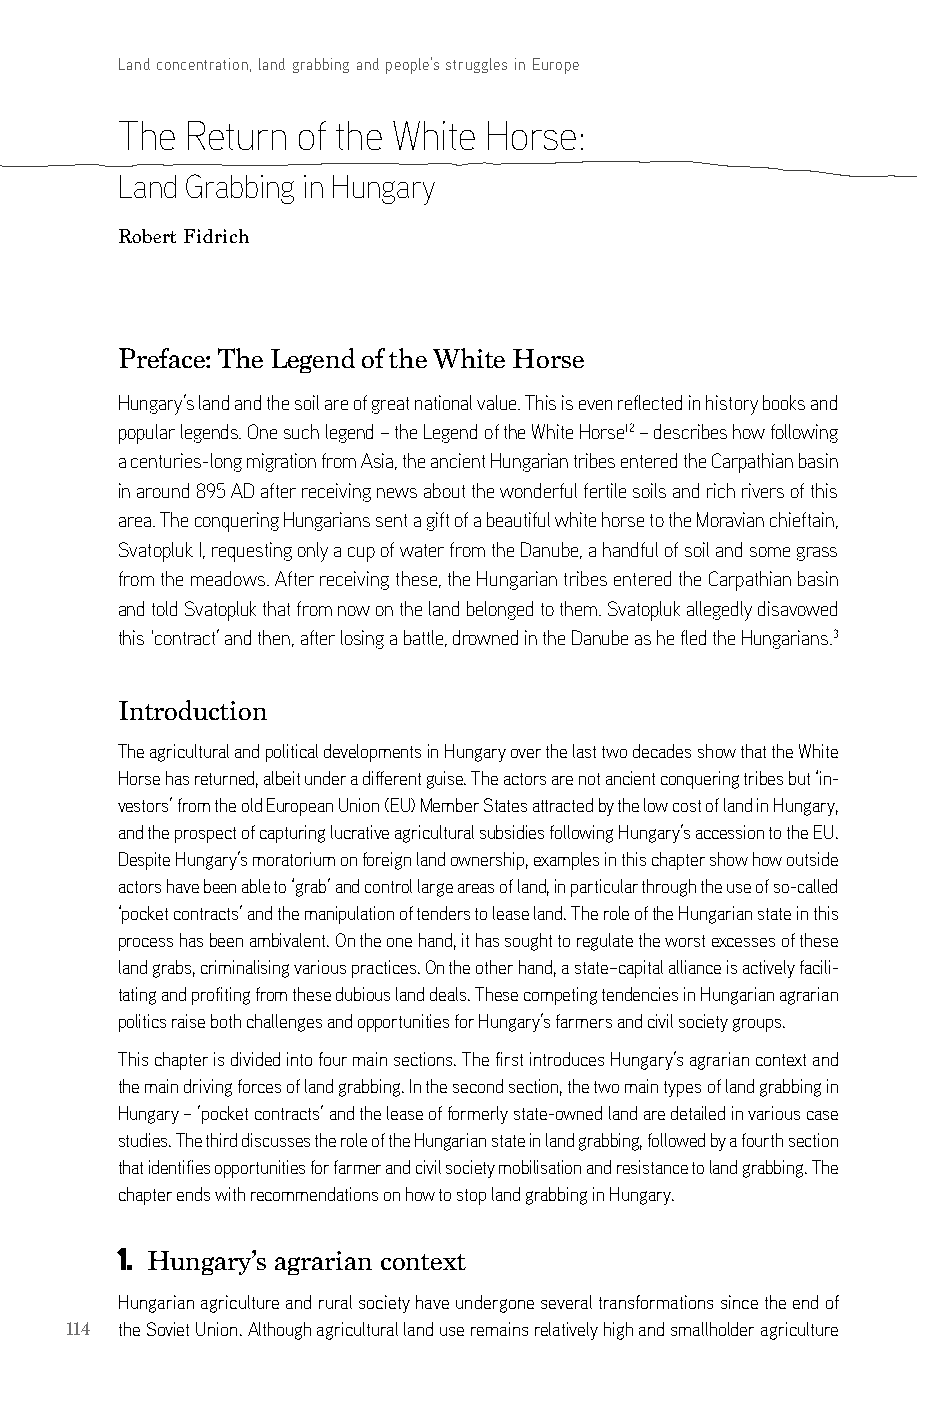
Land concentration, land grabbing and people’s struggles in Europe
 The Return  of the White Horse:
 Land Grabbing in Hungary
 Robert Fidrich
 Preface: The Legend of the White Horse
 Hungary’s land and the soil are of great national value. This is even reflected in history books and
 popular legends. One such legend – the Legend of the White Horse12 – describes how following
 a centuries-long migration from Asia, the ancient Hungarian tribes entered the Carpathian basin
 in around 895 AD after receiving news about the wonderful fertile soils and rich rivers of this
 area. The conquering Hungarians sent a gift of a beautiful white horse to the Moravian chieftain,
 Svatopluk I, requesting only a cup of water from the Danube, a handful of soil and some grass
 from the meadows. After receiving these, the Hungarian tribes entered the Carpathian basin
 and told Svatopluk that from now on the land belonged to them. Svatopluk allegedly disavowed
 this ‘contract’ and then, after losing a battle, drowned in the Danube as he fled the Hungarians.3
 Introduction
 The agricultural and political developments in Hungary over the last two decades show that the White
 Horse has returned, albeit under a different guise. The actors are not ancient conquering tribes but ‘in-
 vestors’ from the old european Union (eU) Member states attracted by the low cost of land in Hungary,
 and the prospect of capturing lucrative agricultural subsidies following Hungary’s accession to the eU.
 despite Hungary’s moratorium on foreign land ownership, examples in this chapter show how outside
 actors have been able to ‘grab’ and control large areas of land, in particular through the use of so-called
 ‘pocket contracts’ and the manipulation of tenders to lease land. The role of the Hungarian state in this
 process has been ambivalent. on the one hand, it has sought to regulate the worst excesses of these
 land grabs, criminalising various practices. on the other hand, a state–capital alliance is actively facili-
 tating and profiting from these dubious land deals. These competing tendencies in Hungarian agrarian
 politics raise both challenges and opportunities for Hungary’s farmers and civil society groups.
 This chapter is divided into four main sections. The first introduces Hungary’s agrarian context and
 the main driving forces of land grabbing. in the second section, the two main types of land grabbing in
 Hungary – ’pocket contracts’ and the lease of formerly state-owned land are detailed in various case
 studies. The third discusses the role of the Hungarian state in land grabbing, followed by a fourth section
 that identifies opportunities for farmer and civil society mobilisation and resistance to land grabbing. The
 chapter ends with recommendations on how to stop land grabbing in Hungary.
 1. Hungary’s agrarian context
 Hungarian agriculture and rural society have undergone several transformations since the end of
 114 the soviet Union. although agricultural land use remains relatively high and smallholder agriculture